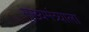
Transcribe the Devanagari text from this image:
मुख्यमंत्र्याला